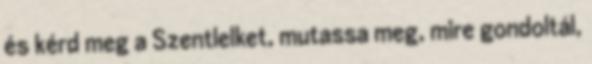
és kérd meg a Szentlelket, mutassa meg, mire gondoltál,